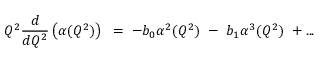
Q ^ { 2 } { \frac { d } { d Q ^ { 2 } } } \left( \alpha ( Q ^ { 2 } ) \right) { } ~ = ~ - b _ { 0 } \alpha ^ { 2 } ( Q ^ { 2 } ) ~ - ~ b _ { 1 } \alpha ^ { 3 } ( Q ^ { 2 } ) ~ + . . .